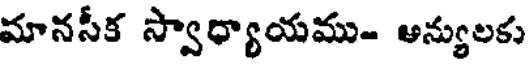
మానసీక స్వాధ్యాయము- అన్యులకు